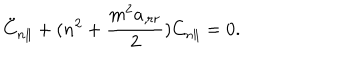
\ddot { C } _ { n \parallel } + ( n ^ { 2 } + \frac { m ^ { 2 } a _ { , r r } } { 2 } ) C _ { n \parallel } = 0 .